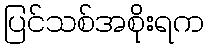
ပြင်သစ်အစိုးရက